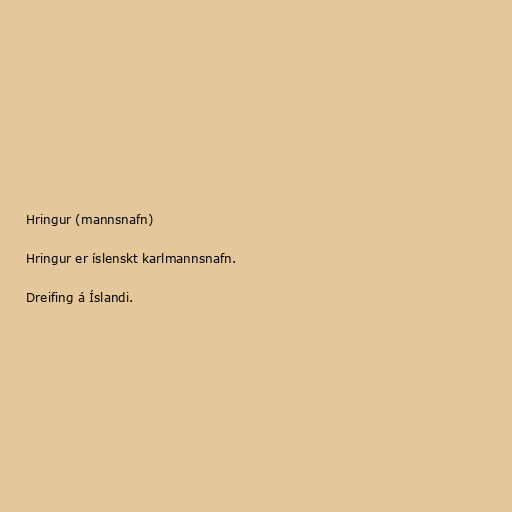
Hringur (mannsnafn)

Hringur er íslenskt karlmannsnafn.

Dreifing á Íslandi.